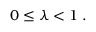
\begin{array} { r } { 0 \leq \lambda < 1 \; . } \end{array}